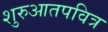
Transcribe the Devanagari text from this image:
शुरुआतपवित्र